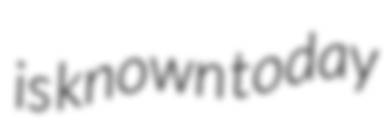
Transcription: is known today